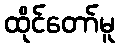
ထိုင်တော်မူ